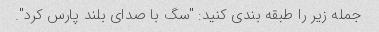
جمله زیر را طبقه بندی کنید: "سگ با صدای بلند پارس کرد".